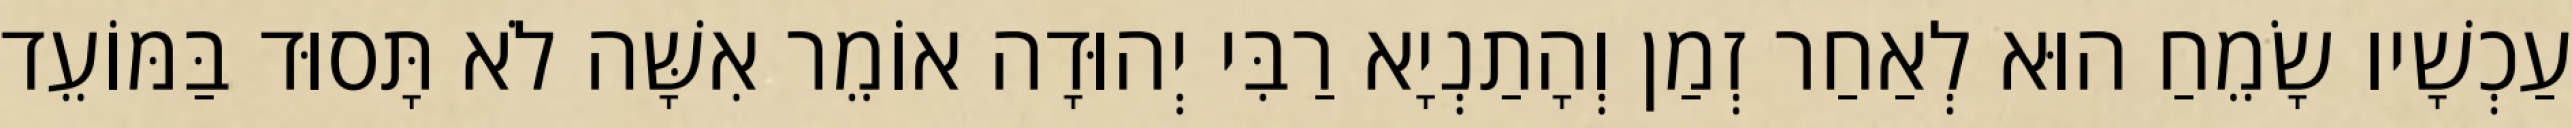
עַכְשָׁיו שָׂמֵחַ הוּא לְאַחַר זְמַן וְהָתַנְיָא רַבִּי יְהוּדָה אוֹמֵר אִשָּׁה לֹא תָּסוּד בַּמּוֹעֵד